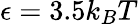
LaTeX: \epsilon=3.5k_{B}T